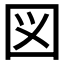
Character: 図